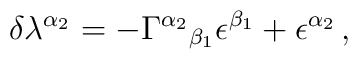
\delta\lambda^{\alpha_2} = -\Gamma^{\alpha_2}{}_{\beta_1}\epsilon^{\beta_1}+\epsilon^{\alpha_2}\, ,